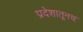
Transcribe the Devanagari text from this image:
प्रदेशातूनच